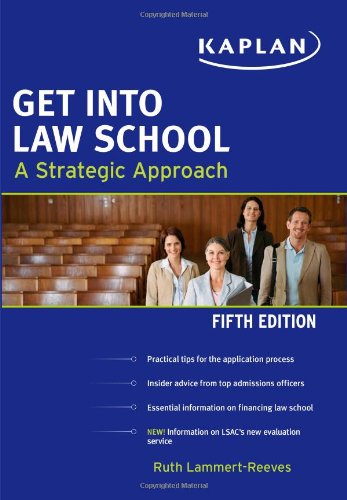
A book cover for Get Into Law School (Kaplan Test Prep); Ruth Lammert-Reeves; Education & Teaching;